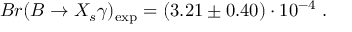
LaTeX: B r ( B \to X _ { s } \gamma ) _ { \mathrm { e x p } } = ( 3 . 2 1 \pm 0 . 4 0 ) \cdot 1 0 ^ { - 4 } ~ .